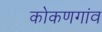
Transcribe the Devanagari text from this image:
कोकणगांव